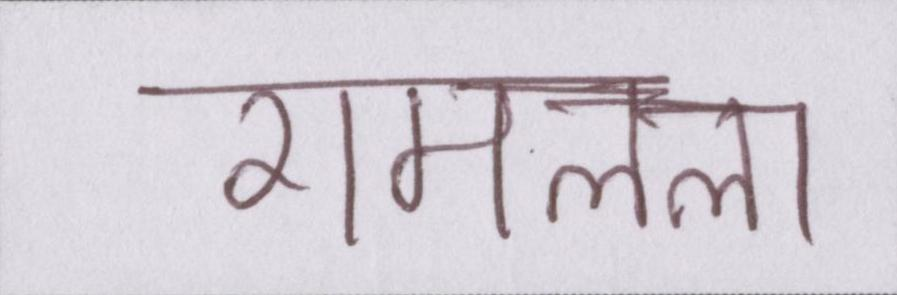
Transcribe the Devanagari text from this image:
रामलला